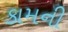
કામની